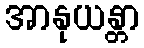
အာနုယန္တာ